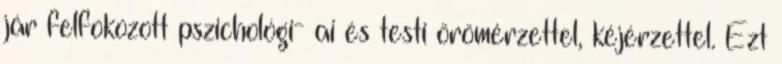
jár felfokozott pszichológi- ai és testi örömérzettel, kéjérzettel. Ezt